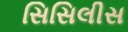
સિસિલીસ